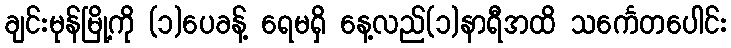
ချင်းမုန်မြို့ကို (၁)ပေခန့် ရေမရှိ နေ့လည်(၁)နာရီအထိ သင်္ကေတပေါင်း